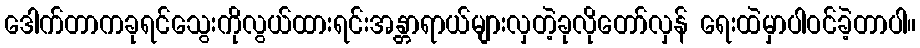
ဒေါက်တာကခုရင်သွေးကိုလွယ်ထားရင်းအန္တာရာယ်များလှတဲ့ခုလိုတော်လှန် ရေးထဲမှာပါဝင်ခဲ့တာပါ။